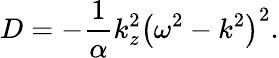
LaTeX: D=-{\frac{1}{\alpha}}k_{z}^{2}\left(\omega^{2}-k^{2}\right)^{2}.